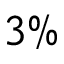
3 \%